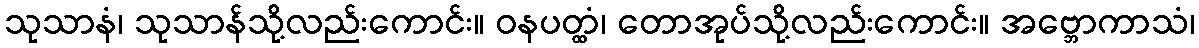
သုသာနံ၊ သုသာန်သို့လည်းကောင်း။ ဝနပတ္ထံ၊ တောအုပ်သို့လည်းကောင်း။ အဗ္ဘောကာသံ၊